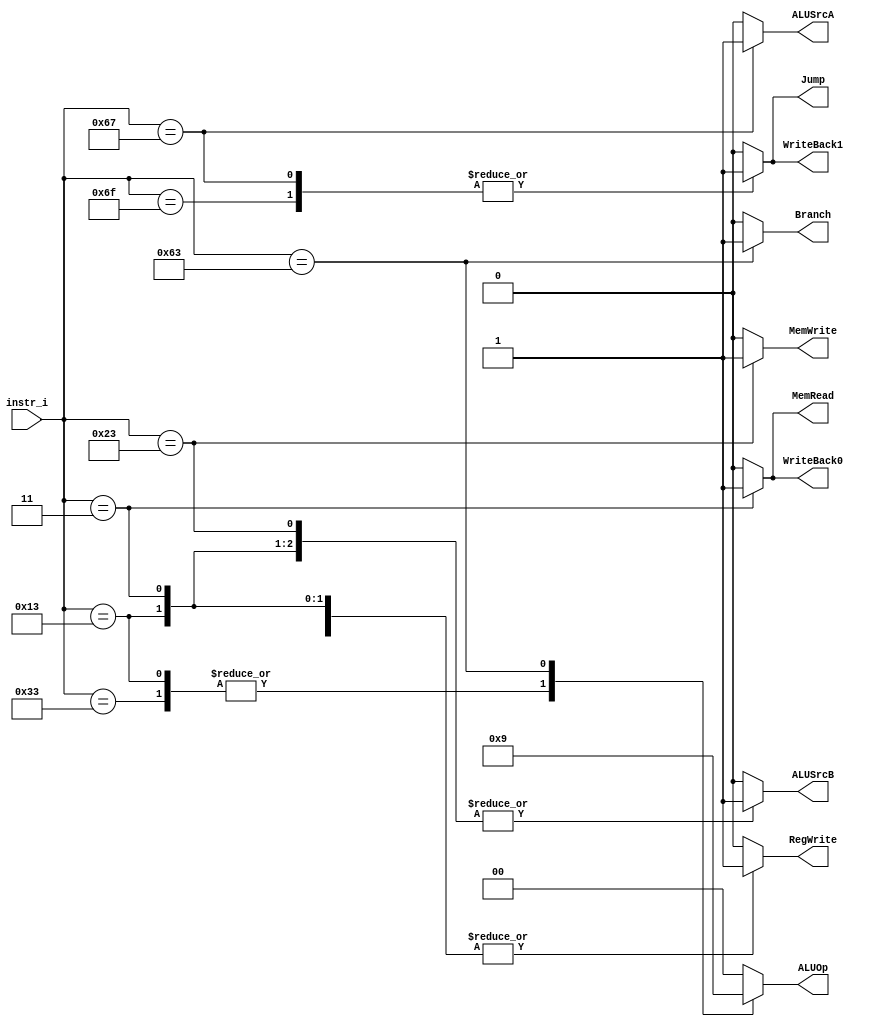

`timescale 1ns/1ps

module Decoder(
    input   [7-1:0]     instr_i,
    output reg             RegWrite,
    output reg             Branch,
    output reg             Jump,
    output reg             WriteBack1,
    output reg             WriteBack0,
    output reg             MemRead,
    output reg             MemWrite,
    output reg             ALUSrcA,
    output reg             ALUSrcB,
    output reg [2-1:0]     ALUOp
);

/* Write your code HERE */

always @(instr_i) begin
    case (instr_i)
        7'b0110011: begin // R-type
            RegWrite = 1'b1;
            Branch = 1'b0;
            Jump = 1'b0;
            WriteBack1 = 1'b0;
            WriteBack0 = 1'b0;
            MemRead = 1'b0;
            MemWrite = 1'b0;
            ALUSrcA = 1'b0;
            ALUSrcB = 1'b0;
            ALUOp = 2'b10;
            end
        7'b0010011: begin // addi
            RegWrite = 1'b1;
            Branch = 1'b0;
            Jump = 1'b0;
            WriteBack1 = 1'b0;
            WriteBack0 = 1'b0;
            MemRead = 1'b0;
            MemWrite = 1'b0;
            ALUSrcA = 1'b0;
            ALUSrcB = 1'b1;
            ALUOp = 2'b10;
        end
        7'b0000011: begin // Load
            RegWrite = 1'b1;
            Branch = 1'b0;
            Jump = 1'b0;
            WriteBack1 = 1'b0;
            WriteBack0 = 1'b1;
            MemRead = 1'b1;
            MemWrite = 1'b0;
            ALUSrcA = 1'b0;
            ALUSrcB = 1'b1;
            ALUOp = 2'b00; 
        end
        7'b0100011: begin // Store
            RegWrite = 1'b0;
            Branch = 1'b0;
            Jump = 1'b0;
            WriteBack1 = 1'b0;
            WriteBack0 = 1'b0;
            MemRead = 1'b0;
            MemWrite = 1'b1;
            ALUSrcA = 1'b0;
            ALUSrcB = 1'b1;
            ALUOp = 2'b00;
        end
        7'b1100011: begin // Branch (BEQ)
            RegWrite = 1'b0;
            Branch = 1'b1;
            Jump = 1'b0;
            WriteBack1 = 1'b0;
            WriteBack0 = 1'b0;
            MemRead = 1'b0;
            MemWrite = 1'b0;
            ALUSrcA = 1'b0;
            ALUSrcB = 1'b0;
            ALUOp = 2'b01;
        end
        7'b1101111: begin // JAL
            RegWrite = 1'b1;
            Branch = 1'b0;
            Jump = 1'b1;
            WriteBack1 = 1'b1;
            WriteBack0 = 1'b0;
            MemRead = 1'b0;
            MemWrite = 1'b0;
            ALUSrcA = 1'b0;
            ALUSrcB = 1'b0;
            ALUOp = 2'b00;
        end
        7'b1100111: begin // JALR
            RegWrite = 1'b1;
            Branch = 1'b0;
            Jump = 1'b1;
            WriteBack1 = 1'b1;
            WriteBack0 = 1'b0;
            MemRead = 1'b0;
            MemWrite = 1'b0;
            ALUSrcA = 1'b1;
            ALUSrcB = 1'b0;
            ALUOp = 2'b00;
        end
        default: begin
            RegWrite = 1'b0;
            Branch = 1'b0;
            Jump = 1'b0;
            WriteBack1 = 1'b0;
            WriteBack0 = 1'b0;
            MemRead = 1'b0;
            MemWrite = 1'b0;
            ALUSrcA = 1'b0;
            ALUSrcB = 1'b0;
            ALUOp = 2'b00;
        end
    endcase
end

endmodule